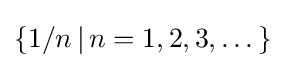
\{1/n\,|\,n=1,2,3,\dots \}